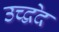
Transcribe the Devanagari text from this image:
उच्द्वेद